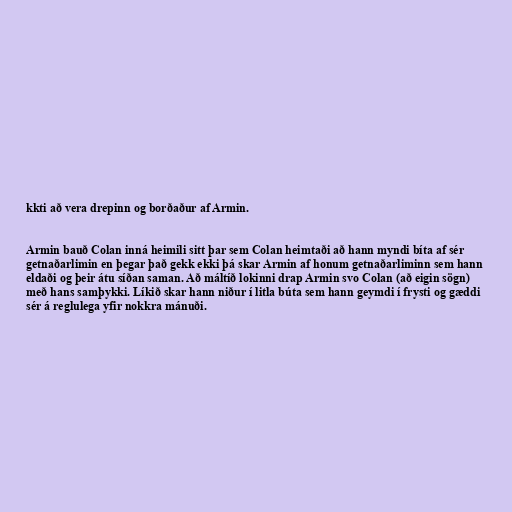
kkti að vera drepinn og borðaður af Armin.

Armin bauð Colan inná heimili sitt þar sem Colan heimtaði að hann myndi bíta af sér
getnaðarlimin en þegar það gekk ekki þá skar Armin af honum getnaðarliminn sem hann
eldaði og þeir átu síðan saman. Að máltíð lokinni drap Armin svo Colan (að eigin sögn)
með hans samþykki. Líkið skar hann niður í litla búta sem hann geymdi í frysti og gæddi
sér á reglulega yfir nokkra mánuði.